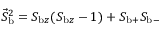
\begin{array} { r } { \vec { S } _ { \mathrm { b } } ^ { 2 } = S _ { \mathrm { b } z } ( S _ { \mathrm { b } z } - 1 ) + S _ { \mathrm { b } + } S _ { \mathrm { b } - } } \end{array}